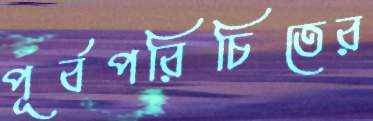
পূর্বপরিচিতের